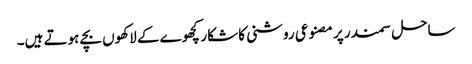
ساحل سمندر پر مصنوعی روشنی کا شکار کچھوے کے لاکھوں بچے ہوتے ہیں۔